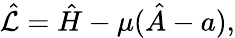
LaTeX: \hat{\mathcal{L}}=\hat{H}-\mu(\hat{A}-a),